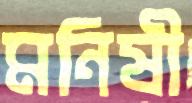
মনিষী